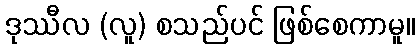
ဒုဿီလ (လူ) စသည်ပင် ဖြစ်စေကာမူ။